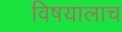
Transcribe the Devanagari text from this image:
विषयालाच